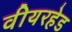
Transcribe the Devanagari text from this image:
वीयरहेड